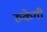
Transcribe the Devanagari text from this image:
रुकेगी